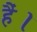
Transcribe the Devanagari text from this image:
हैं।